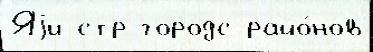
Яjи стр городс райо́нов